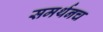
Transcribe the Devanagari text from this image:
समर्थनच